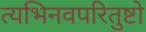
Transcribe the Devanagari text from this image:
त्यभिनवपरितुष्टो